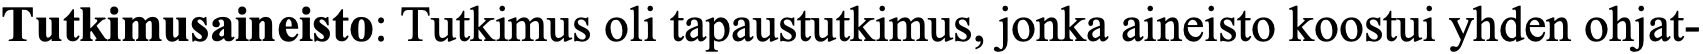
Tutkimusaineisto: Tutkimus oli tapaustutkimus, jonka aineisto koostui yhden ohjat-